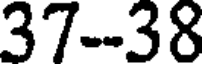
37--38